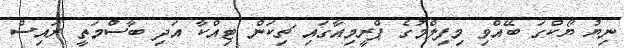
ނިޔު ޔޯކްގަ ބޭއްވި މިފިލްމުގެ ޕްރީމިއާގައި ޗިކަން ޓިއްކާ އަދި ބާސްމަތީ ރައިސް